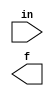
module enc_q2(in, f);

input [3:0] in;
output f;

wire [7:0] decoder;
wire [2:0] encoder;
wire enable, a, aNot, b, bNot, c, cNot, d, dNot, T1, T2, T3 ,T4 ,p1 ,p2 ,p3;

assign a = in[3];
assign b = in[2];
assign c = in[1];
assign d = in[0];

not(dNot, in[0]);
not(cNot, in[1]);
not(aNot, in[3]);
not(bNot, in[2]);
not(enable, in[2]);

and a1(decoder[0], a, aNot, bNot, enable);
and a2(decoder[1], a, aNot, b, enable);
and a3(decoder[2], a, a, bNot, enable);
and a4(decoder[3], a, a, b, enable);
and a5(decoder[4], aNot, aNot, bNot, enable);
and a6(decoder[5], aNot, aNot, b, enable);
and a7(decoder[6], aNot, a, bNot, enable);
and a8(decoder[7], aNot, a, b, enable);
or o1(tmp1, decoder[4], decoder[5], decoder[6], decoder[7]);
or o2(tmp2, decoder[2], decoder[3], decoder[6], decoder[7]);
or o3(tmp3, decoder[1], decoder[3], decoder[5], decoder[7]);
and (encoder[0], enable, p1);
and (encoder[1], enable, p2);
and (encoder[2], enable, p3);
and (T1, encoder[0], cNot, dNot); 
and (T2, encoder[1], cNot, d);
and (T3, encoder[2], c, dNot);
and (T4,c,d, 1);

or (T1, T2, T3, T4,f);

endmodule